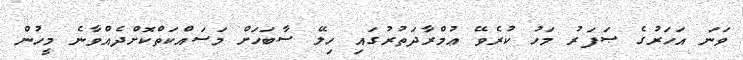
ވަނަ އަހަރުގެ ޞަފަރު މަހު ކުރެވޭ ޢުމްރާދަތުރުގައި ހިލޭ ސާބަހަށް މަސައްކަތްކޮށްދެއްވާނެ މީހުން